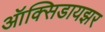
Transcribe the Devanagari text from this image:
ऑक्‍सिडायझर